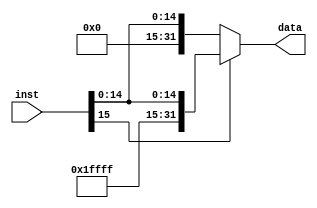
`timescale 1ns / 1ps
//////////////////////////////////////////////////////////////////////////////////
// Company: 
// Engineer: 
// 
// Design Name: 
// Module Name:    signext 
// Project Name: 
// Target Devices: 
// Tool versions: 
// Description: 
//
// Dependencies: 
//
// Revision: 
// Revision 0.01 - File Created
// Additional Comments: 
//
//////////////////////////////////////////////////////////////////////////////////
module signext(
    input [15:0] inst,
    output [31:0] data
    );

    assign data = (inst[15]) ? {16'b1111111111111111, inst} : {16'b000000000000000, inst};
	 
endmodule